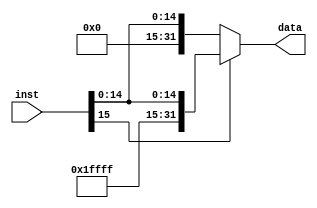
`timescale 1ns / 1ps
//////////////////////////////////////////////////////////////////////////////////
// Company: 
// Engineer: 
// 
// Design Name: 
// Module Name:    signext 
// Project Name: 
// Target Devices: 
// Tool versions: 
// Description: 
//
// Dependencies: 
//
// Revision: 
// Revision 0.01 - File Created
// Additional Comments: 
//
//////////////////////////////////////////////////////////////////////////////////
module signext(
    input [15:0] inst,
    output [31:0] data
    );

    assign data = (inst[15]) ? {16'b1111111111111111, inst} : {16'b000000000000000, inst};
	 
endmodule